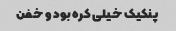
پنکیک خیلی کره بود و خفن